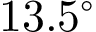
1 3 . 5 ^ { \circ }